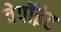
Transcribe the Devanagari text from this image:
वेपॉइंट